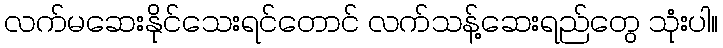
လက်မဆေးနိုင်သေးရင်တောင် လက်သန့်ဆေးရည်တွေ သုံးပါ။